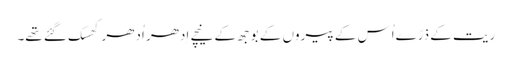
ریت کے ذرّےاُس کے پیروں کے بوجھ کے نیچے اِدھر اُدھر کِھسک گئے تھے۔